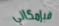
فبإمكاني